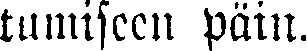
tumiseen päin.